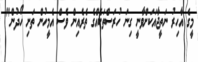
މީގެ އާހިރު ނަތީޖާއަކަށްވާނީ ގިނަ ހުރަސްތަކެއްގެ ތެރެއިން ވެސް އެމީހުން ތަށި ހޯދުން"